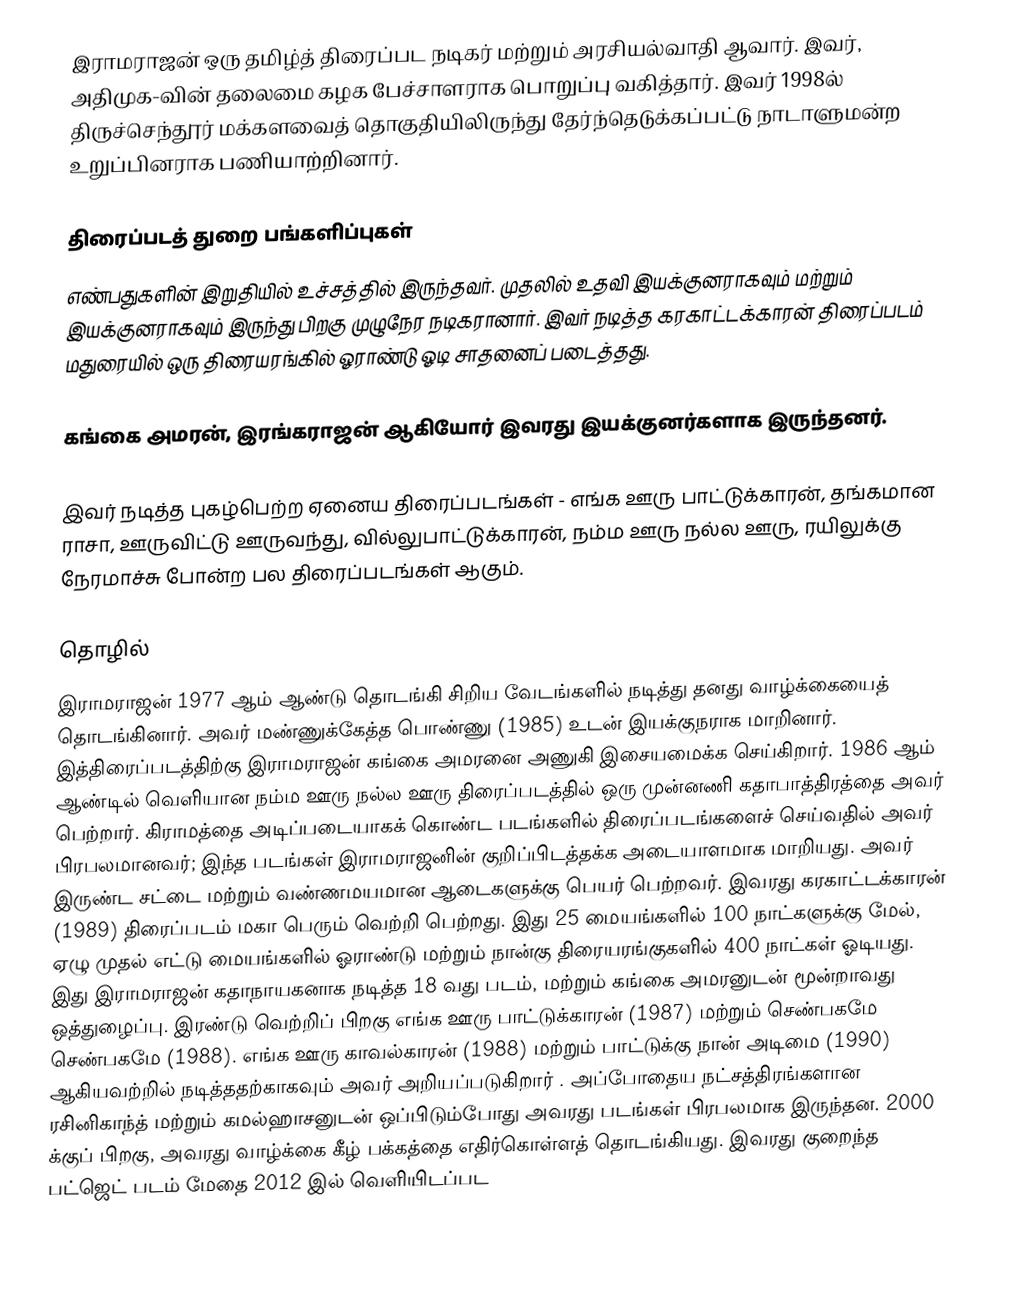
இராமராஜன் ஒரு தமிழ்த் திரைப்பட நடிகர் மற்றும் அரசியல்வாதி ஆவார். இவர், அதிமுக-வின் தலைமை கழக பேச்சாளராக பொறுப்பு வகித்தார். இவர் 1998ல்  திருச்செந்தூர் மக்களவைத் தொகுதியிலிருந்து தேர்ந்தெடுக்கப்பட்டு நாடாளுமன்ற உறுப்பினராக பணியாற்றினார்.

திரைப்படத் துறை பங்களிப்புகள்
எண்பதுகளின் இறுதியில் உச்சத்தில் இருந்தவர். முதலில் உதவி இயக்குனராகவும் மற்றும் இயக்குனராகவும் இருந்து பிறகு முழுநேர நடிகரானார். இவர் நடித்த கரகாட்டக்காரன் திரைப்படம் மதுரையில் ஒரு திரையரங்கில் ஓராண்டு ஓடி சாதனைப் படைத்தது.

கங்கை அமரன், இரங்கராஜன் ஆகியோர் இவரது இயக்குனர்களாக இருந்தனர்.

இவர் நடித்த புகழ்பெற்ற ஏனைய திரைப்படங்கள் - எங்க ஊரு பாட்டுக்காரன், தங்கமான ராசா, ஊருவிட்டு ஊருவந்து,  வில்லுபாட்டுக்காரன், நம்ம ஊரு நல்ல ஊரு, ரயிலுக்கு நேரமாச்சு போன்ற பல திரைப்படங்கள் ஆகும்.

தொழில்
இராமராஜன் 1977 ஆம் ஆண்டு தொடங்கி சிறிய வேடங்களில் நடித்து தனது வாழ்க்கையைத் தொடங்கினார். அவர் மண்ணுக்கேத்த பொண்ணு (1985) உடன் இயக்குநராக மாறினார். இத்திரைப்படத்திற்கு இராமராஜன் கங்கை அமரனை அணுகி இசையமைக்க செய்கிறார். 1986 ஆம் ஆண்டில் வெளியான நம்ம ஊரு நல்ல ஊரு திரைப்படத்தில் ஒரு முன்னணி கதாபாத்திரத்தை அவர் பெற்றார். கிராமத்தை அடிப்படையாகக் கொண்ட படங்களில் திரைப்படங்களைச் செய்வதில் அவர் பிரபலமானவர்; இந்த படங்கள் இராமராஜனின் குறிப்பிடத்தக்க அடையாளமாக மாறியது. அவர் இருண்ட சட்டை மற்றும் வண்ணமயமான ஆடைகளுக்கு பெயர் பெற்றவர். இவரது கரகாட்டக்காரன் (1989) திரைப்படம் மகா பெரும் வெற்றி பெற்றது. இது 25 மையங்களில் 100 நாட்களுக்கு மேல், ஏழு முதல் எட்டு மையங்களில் ஓராண்டு மற்றும் நான்கு திரையரங்குகளில் 400 நாட்கள் ஓடியது.  இது இராமராஜன் கதாநாயகனாக நடித்த 18 வது படம், மற்றும் கங்கை அமரனுடன் மூன்றாவது ஒத்துழைப்பு. இரண்டு வெற்றிப் பிறகு எங்க ஊரு பாட்டுக்காரன் (1987) மற்றும் செண்பகமே செண்பகமே (1988).  எங்க ஊரு காவல்காரன் (1988) மற்றும் பாட்டுக்கு நான் அடிமை (1990) ஆகியவற்றில் நடித்ததற்காகவும் அவர் அறியப்படுகிறார் .  அப்போதைய நட்சத்திரங்களான ரசினிகாந்த் மற்றும் கமல்ஹாசனுடன் ஒப்பிடும்போது அவரது படங்கள் பிரபலமாக இருந்தன. 2000 க்குப் பிறகு, அவரது வாழ்க்கை கீழ் பக்கத்தை எதிர்கொள்ளத் தொடங்கியது. இவரது குறைந்த பட்ஜெட் படம் மேதை 2012 இல் வெளியிடப்பட